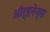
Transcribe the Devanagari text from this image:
ऑर्डनेन्स